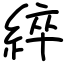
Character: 綷